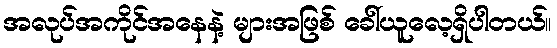
အလုပ်အကိုင်အနေနဲ့ များအဖြစ် ခေါ်ယူလေ့ရှိပါတယ်။